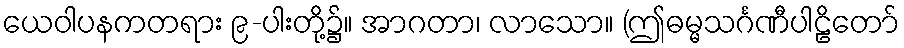
ယေဝါပနကတရား ၉-ပါးတို့၌။ အာဂတာ၊ လာသော။ (ဤဓမ္မသင်္ဂဏီပါဠိတော်